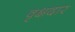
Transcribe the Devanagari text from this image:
वृक्षदार